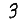
Digit: 3